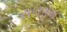
સળગતા